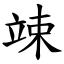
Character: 竦